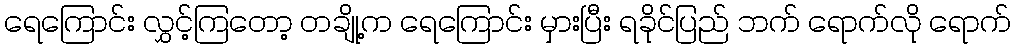
ရေကြောင်း လွှင့်ကြတော့ တချို့က ရေကြောင်း မှားပြီး ရခိုင်ပြည် ဘက် ရောက်လို ရောက်